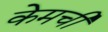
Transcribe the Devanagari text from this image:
केमची